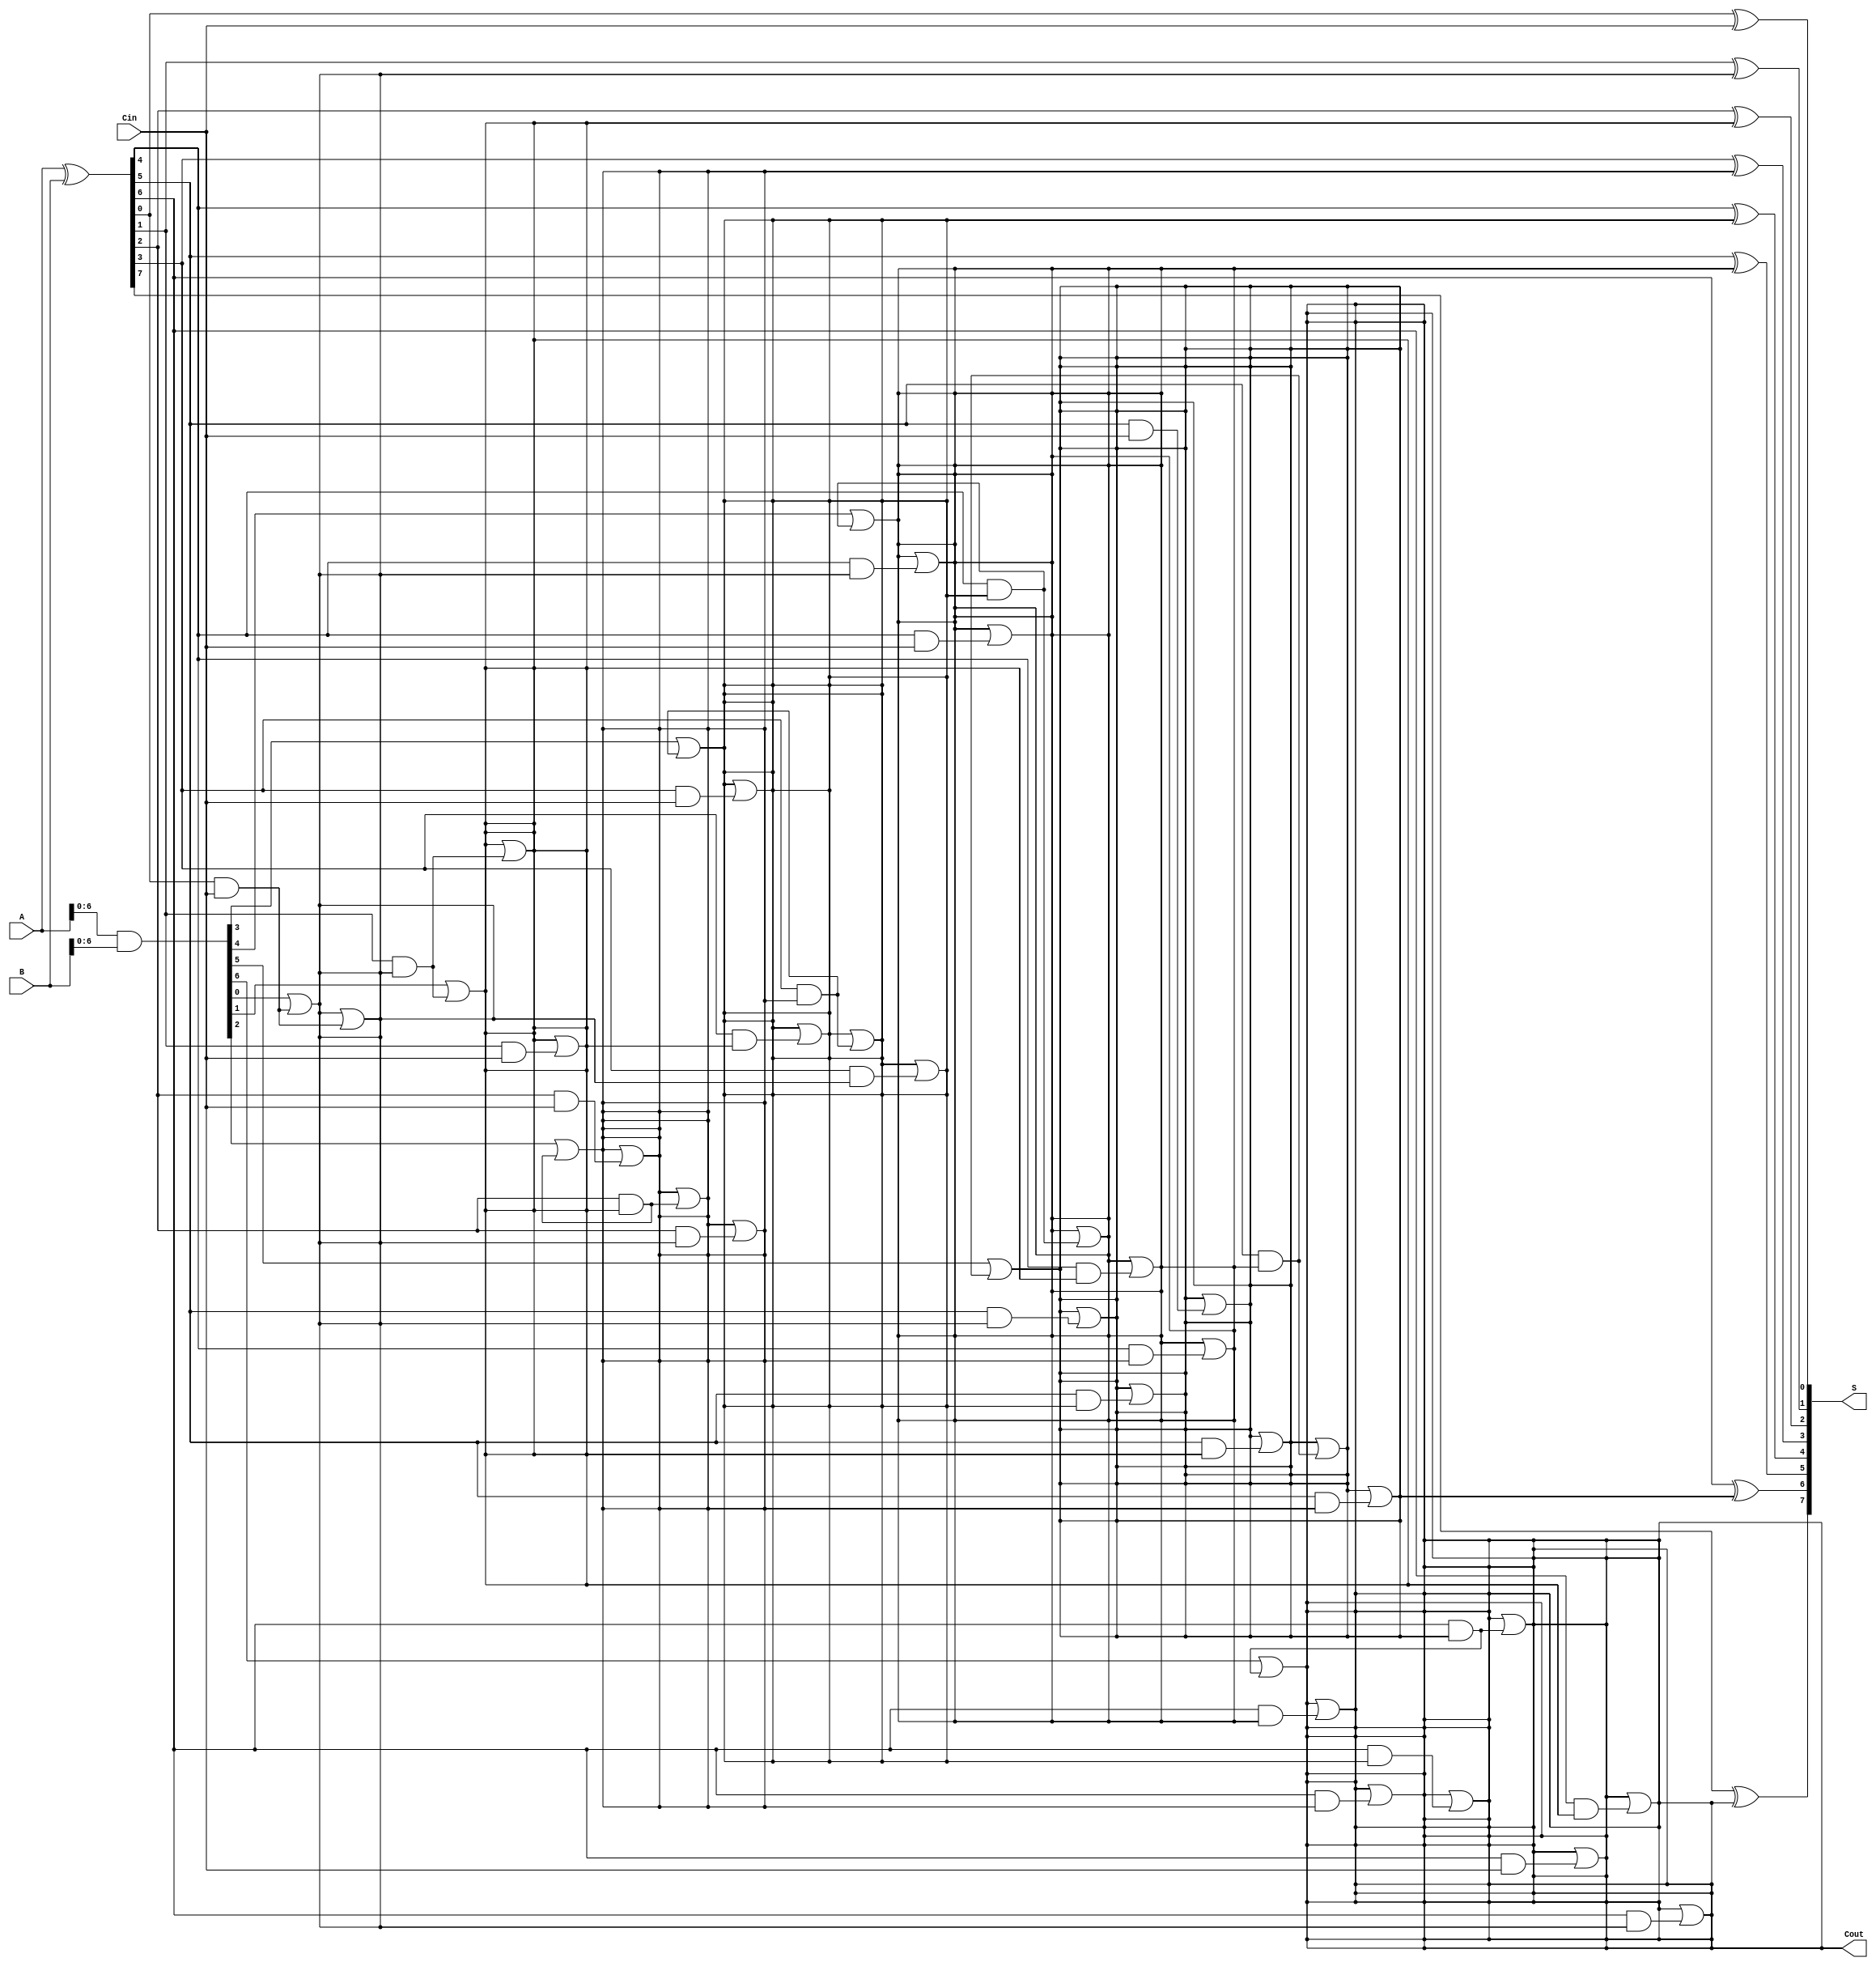
module KoggeStoneAdder #(parameter n = 8) (
    input  [n-1:0] A,      // First operand
    input  [n-1:0] B,      // Second operand
    input          Cin,     // Carry-in
    output [n-1:0] S,      // Sum output
    output         Cout     // Carry-out
);

    // Generate and propagate signals
    wire [n-1:0] G; // Generate
    wire [n-1:0] P; // Propagate
    wire [n-1:0] C; // Carry

    // Generate and propagate calculations
    assign G = A & B;          // Generate
    assign P = A ^ B;          // Propagate

    // Stage 0: Local carries
    assign C[0] = Cin;         // Initial carry-in
    genvar i;
    generate
        for (i = 1; i < n; i = i + 1) begin : stage0
            assign C[i] = G[i-1] | (P[i-1] & C[i-1]);
        end
    endgenerate

    // Stages for carry computation
    generate
        genvar j, k;
        for (k = 1; k < n; k = k + 1) begin : stages
            for (j = 0; j < n - k; j = j + 1) begin : stage
                assign C[j + k] = C[j + k] | (P[j + k - 1] & C[j]);
            end
        end
    endgenerate

    // Sum calculation
    generate
        for (i = 0; i < n; i = i + 1) begin : sum
            assign S[i] = P[i] ^ C[i];
        end
    endgenerate

    // Carry-out
    assign Cout = C[n-1];

endmodule